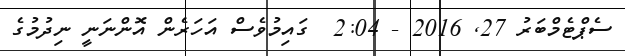
ސެޕްޓެމްބަރު 27